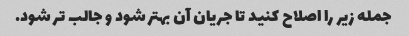
جمله زیر را اصلاح کنید تا جریان آن بهتر شود و جالب تر شود.